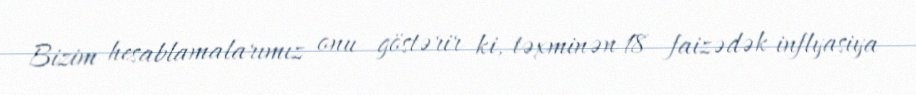
Bizim hesablamalarımız onu göstərir ki, təxminən 18 faizədək inflyasiya